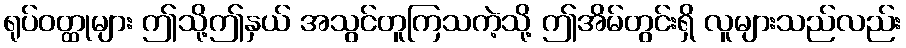
ရုပ်ဝတ္ထုများ ဤသို့ဤနှယ် အသွင်တူကြသကဲ့သို့ ဤအိမ်တွင်းရှိ လူများသည်လည်း